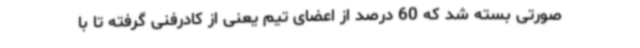
صورتی بسته شد که 60 درصد از اعضای تیم یعنی از کادرفنی گرفته تا با